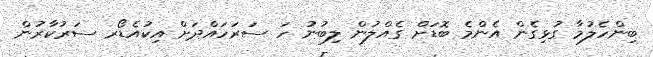
ބިންހެލުމާ ގުޅިގެން އެންމެ ބޮޑަށް ގެއްލުން ލިބުނު ހަ ސަރަހައްދަށް އިކުއެޑޯރ ސަރުކާރުން